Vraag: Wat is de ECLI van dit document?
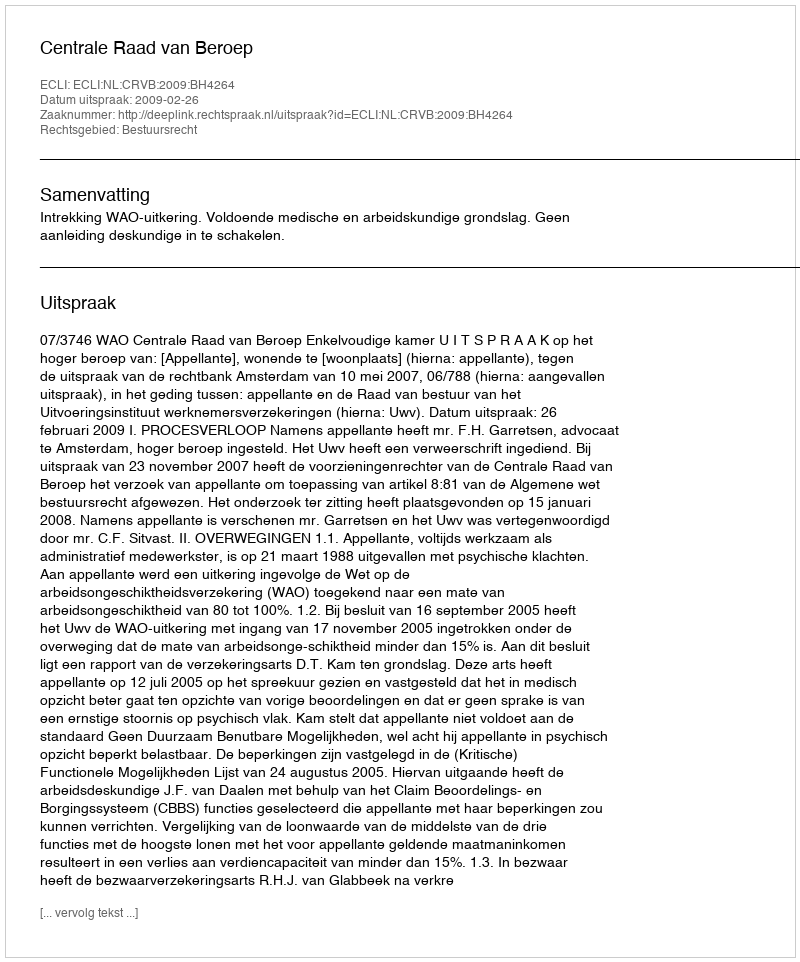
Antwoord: ECLI:NL:CRVB:2009:BH4264